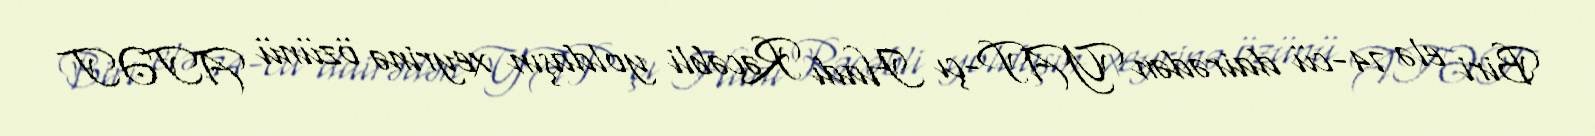
Biri elə 74-cü dairədən YAP-çı Hadı Rəcəbli yoldaşın xeyrinə özünü ATƏT